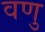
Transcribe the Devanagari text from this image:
वणु